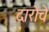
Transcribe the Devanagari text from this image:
दारोचे